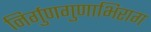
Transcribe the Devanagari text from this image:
निर्गुणगुणाभिराग